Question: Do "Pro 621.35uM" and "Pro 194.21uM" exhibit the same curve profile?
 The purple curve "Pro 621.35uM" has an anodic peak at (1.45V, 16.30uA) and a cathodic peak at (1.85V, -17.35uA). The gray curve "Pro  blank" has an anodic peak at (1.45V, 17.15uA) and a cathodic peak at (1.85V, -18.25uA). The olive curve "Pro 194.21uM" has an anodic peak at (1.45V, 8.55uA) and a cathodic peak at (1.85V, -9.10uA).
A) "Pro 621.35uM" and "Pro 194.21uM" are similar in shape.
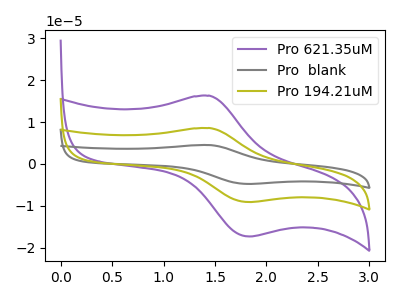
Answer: <think>All the peaks in "Pro 621.35uM" have a peak in "Pro 194.21uM" at the same potential. Every peak in "Pro 621.35uM" is higher than every peak in "Pro 194.21uM".
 </think>
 <answer>A) "Pro 621.35uM" and "Pro 194.21uM" are similar in shape.</answer>
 <eval>A</eval>